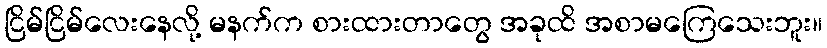
ငြိမ်ငြိမ်လေးနေလို့ မနက်က စားထားတာတွေ အခုထိ အစာမကြေသေးဘူး။